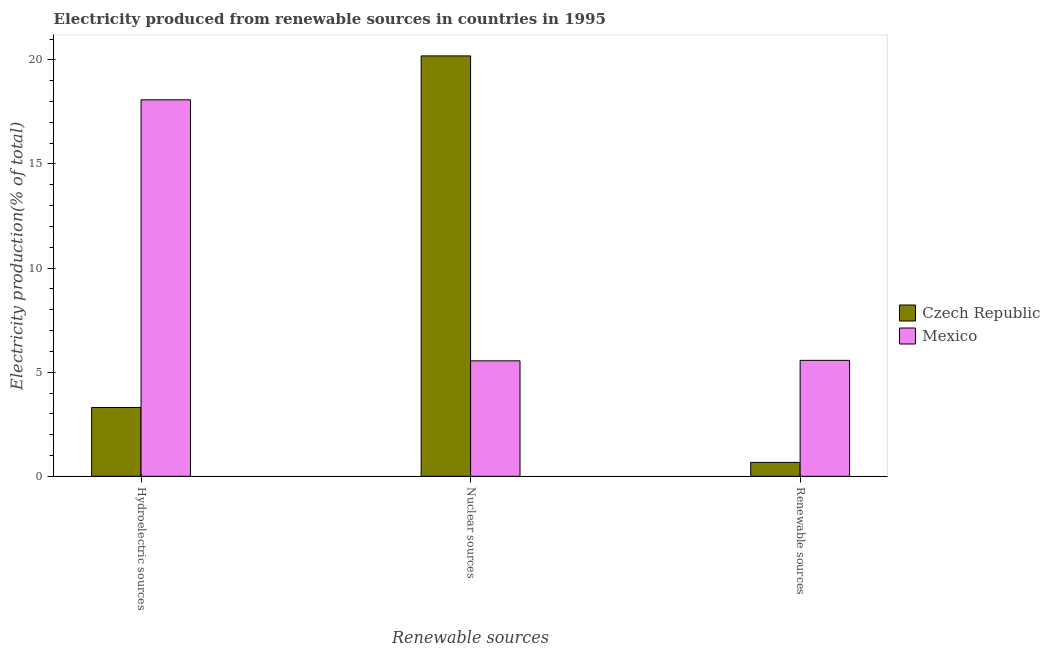
| Renewable sources | Czech Republic | Mexico |
 | --- | --- | --- |
 | Hydroelectric sources | 3.3 | 18.1 |
 | Nuclear sources | 20.2 | 5.55 |
 | Renewable sources | 0.669 | 5.57 |